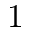
1